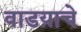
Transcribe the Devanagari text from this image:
वाडय़ाचे